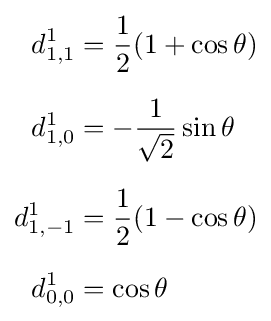
{\begin{aligned}d_{1,1}^{1}&={\frac {1}{2}}(1+\cos \theta )\\[6pt]d_{1,0}^{1}&=-{\frac {1}{\sqrt {2}}}\sin \theta \\[6pt]d_{1,-1}^{1}&={\frac {1}{2}}(1-\cos \theta )\\[6pt]d_{0,0}^{1}&=\cos \theta \end{aligned}}